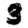
Digit: 3